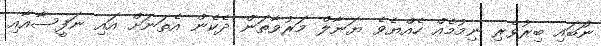
ނުަބައި ބިރުވެރި ނިމުމެއް ހެއްޔެވެ ޔަނާލް މަރުވާތަން ދެެކެން އެތަނަށް އައިި ނަފީސާއާއިި